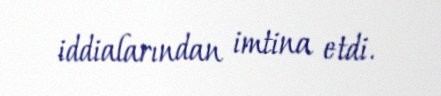
iddialarından imtina etdi.